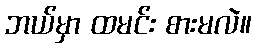
ဘယ်မှာ ထမင်း စားမလဲ။